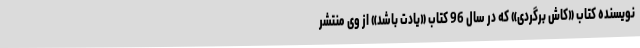
نویسنده کتاب «کاش برگردی» که در سال 96 کتاب «یادت باشد» از وی منتشر